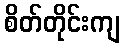
စိတ်တိုင်းကျ